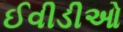
ઈવીડીઓ